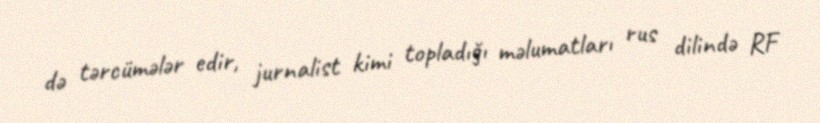
də tərcümələr edir, jurnalist kimi topladığı məlumatları rus dilində RF